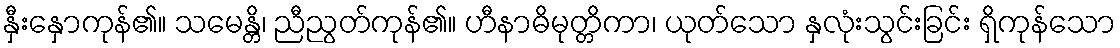
နှီးနှောကုန်၏။ သမေန္တိ၊ ညီညွတ်ကုန်၏။ ဟီနာဓိမုတ္တိကာ၊ ယုတ်သော နှလုံးသွင်းခြင်း ရှိကုန်သော